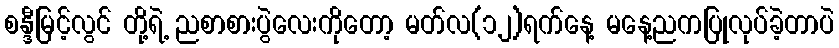
စန္ဒီမြင့်လွင် တို့ရဲ့ ညစာစားပွဲလေးကိုတော့ မတ်လ(၁၂)ရက်နေ့ မနေ့ညကပြုလုပ်ခဲ့တာပဲ